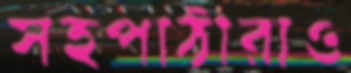
সহপাঠীরাও